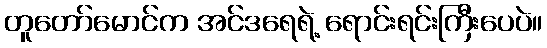
တူတော်မောင်က အင်ဒရေရဲ့ ရောင်းရင်းကြီးပေပဲ။